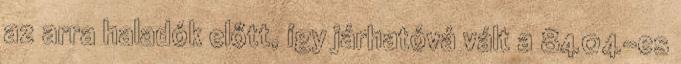
az arra haladók előtt, így járhatóvá vált a 8404-es